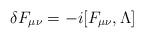
LaTeX: \begin{align*}\delta F_{\mu\nu}=-i[F_{\mu\nu},\Lambda]\end{align*}